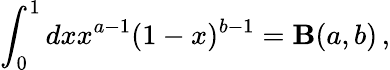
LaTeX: \int_{0}^{1}dxx^{a-1}(1-x)^{b-1}=\mathbf{B}(a,b)\, ,